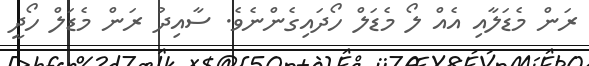
ރަން މެޑަލާއި އެއް ލޯ މެޑަލް ހޯދައިގެންނެވެ. ސާއިދު ރަން މެޑަލް ހޯދީ